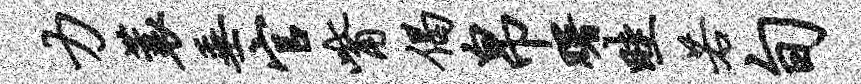
力蓑垂官觜偈帛曙畦若旬